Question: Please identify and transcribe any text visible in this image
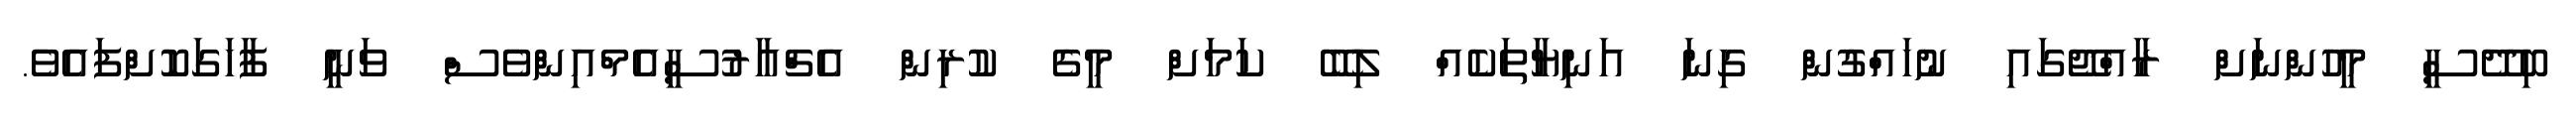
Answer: ބިދޭސީ މީހުންނަށް ރާއްޖޭގައި ނުހައްގުން ގިނަ އަނިޔާތަކެއް ލިބޭ ކަމަށް މީގެ ކުރިން އެޗްއާރުސީއެމްއިންވެސް ވަނީ ފާހަގަކޮށްފައެވެ.